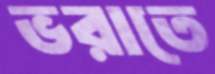
ভরাতে